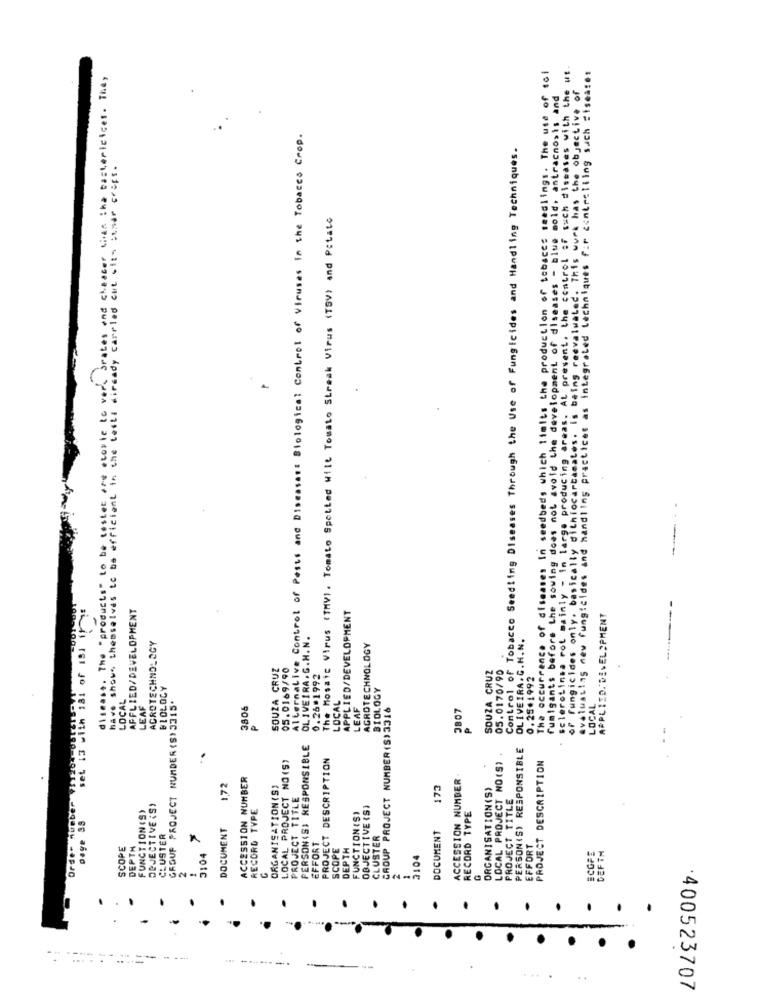
The occurrence of diseases In seedbeds which limits the production of tobaces seedlings. The use of sol
disease. The "products" to be tester are etoxic to verk brates and cheater tives the bactericices. They
selerotings rot mainly - in large producing areas. At present, the control of such diseases with the w
evaluating new fungicides and handling practices as integrated techniques for controlling such = iseases
fumigants before the sowing does not avoid the development of diseases - blue mold, antracnosis and
ically dithiocartacates. Is being reevaluated. This work has the objective of
Alternative Control of Pests and Diseasest Biological Control of Viruses in the Tobaces Crop.
Control of Tobacco Seedling Diseases Through the Use of Fungicides and Handling Techniques.
have shown themselves to be efficient in the leses diready carrled che ciin tiner crops .
The Mosaic Virus (TMVI. Tomato Spelled Wilt Tomato Streak Virus (TSV) and Potato
of fungicides only. bas
set 13 with 181 of 181
AFFLIED/DEVELOPMENT
APPLIED/DEVELOPMENT
APPLIED. DEVELOPMENT
OLIVEIRA.G.H.N.
OLIVEIRA.C.H.N.
ACROTECHNOLOGY
AGROTECHNOLOGY
SOUZA CRUZ
05.0169/90
SOUZA CRUZ
05.0170/90
0.26.1992
0.25*1992
BIOLOGY
BIOLOGY
LOCAL
LOCAL
LEAF
GROUF PROJECT NUMBER (S) 3315.
3806
LOCAL
LEAF
CROUP PROJECT NUMBER (S)3316
3807
P
PERSON(S) RESPONSIBLE
PERSON(S) RESPONSIBLE
LOCAL PROJECT NO (S)
PROJECT DESCRIPTION
LOCAL PROJECT NO(S)
PROJECT DESCRIPTION
ACCESSION NUMBER
ACCESSION NUMBER
172
ORGANISATION(S)
173
ORGANISATION(S)
Order hueber
PROJECT TITLE
PROJECT TITLE
FUNCTION (S)
DEJECTIVE (S)
RECORD TYPE
OBJECTIVE (S)
RECORD TYPE
FUNCTIONISI
Dage 39
DOCUMENT
CLUSTER
EFFORT
CLUSTER
DOCUMENT
SCOPE
DEPTH
SCOPE
DEPTH
EFFORT
SCOPE
3104
2104
DEFIM
C
2
1
---
--------.
....
400523707